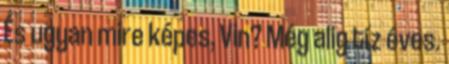
És ugyan mire képes, Vin? Még alig tíz éves.